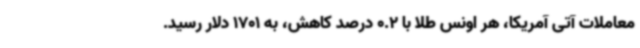
معاملات آتی آمریکا، هر اونس طلا با 0.2 درصد کاهش، به 1701 دلار رسید.